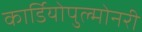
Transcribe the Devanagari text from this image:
कार्डियोपुल्मोनरी